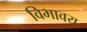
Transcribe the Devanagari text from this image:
विभावय